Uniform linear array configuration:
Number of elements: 32
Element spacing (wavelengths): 1
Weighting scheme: exponential
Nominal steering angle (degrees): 15
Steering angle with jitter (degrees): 14.411
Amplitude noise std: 0.05
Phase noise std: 0.05

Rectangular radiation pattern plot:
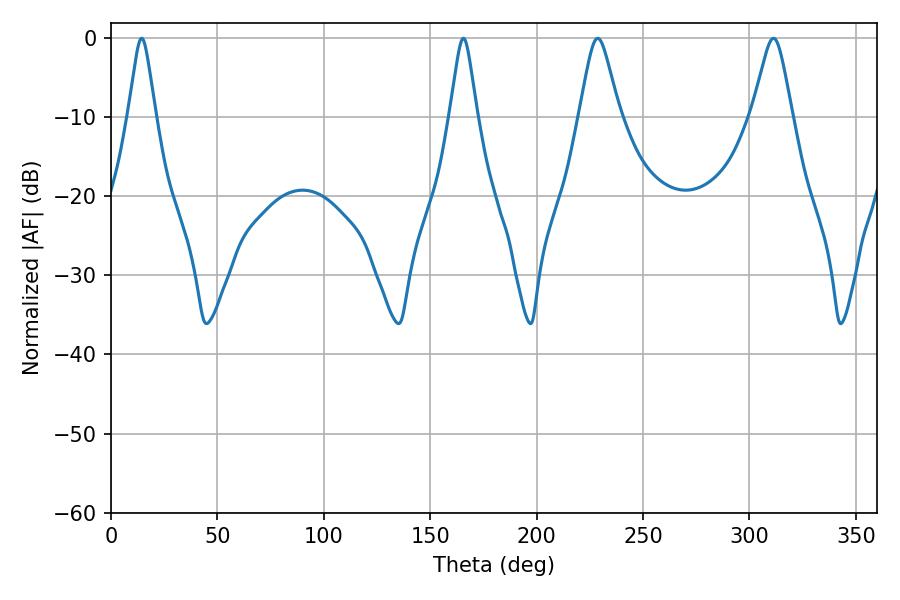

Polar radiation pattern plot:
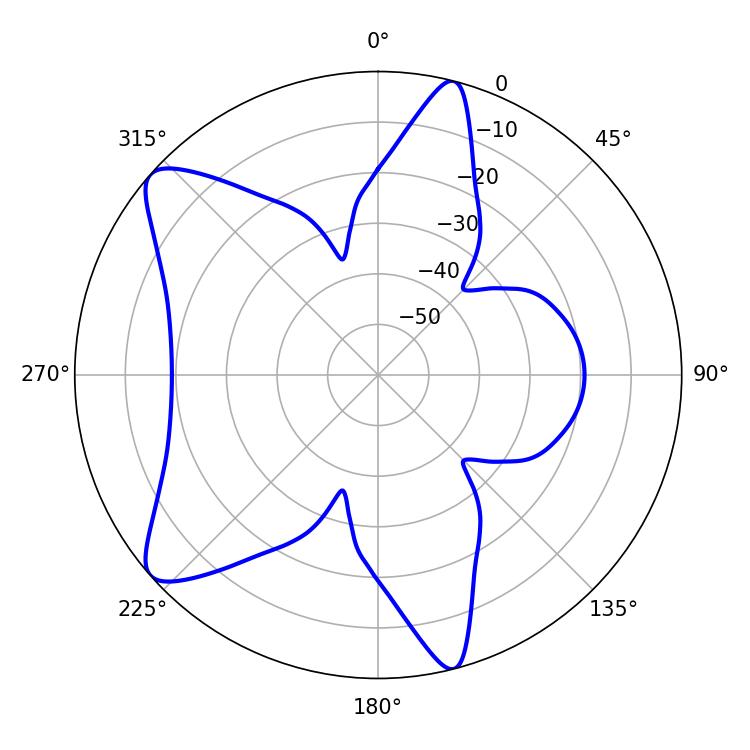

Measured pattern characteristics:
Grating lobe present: TRUE
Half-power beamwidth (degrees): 5.94
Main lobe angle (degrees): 14.4